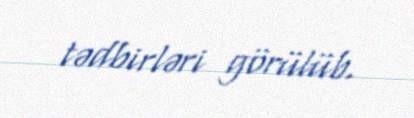
tədbirləri görülüb.